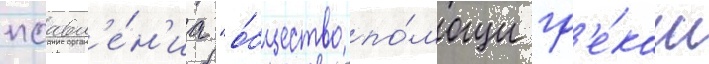
поавл'е́н'иа "о́бщество по́мощи гр'е́кам